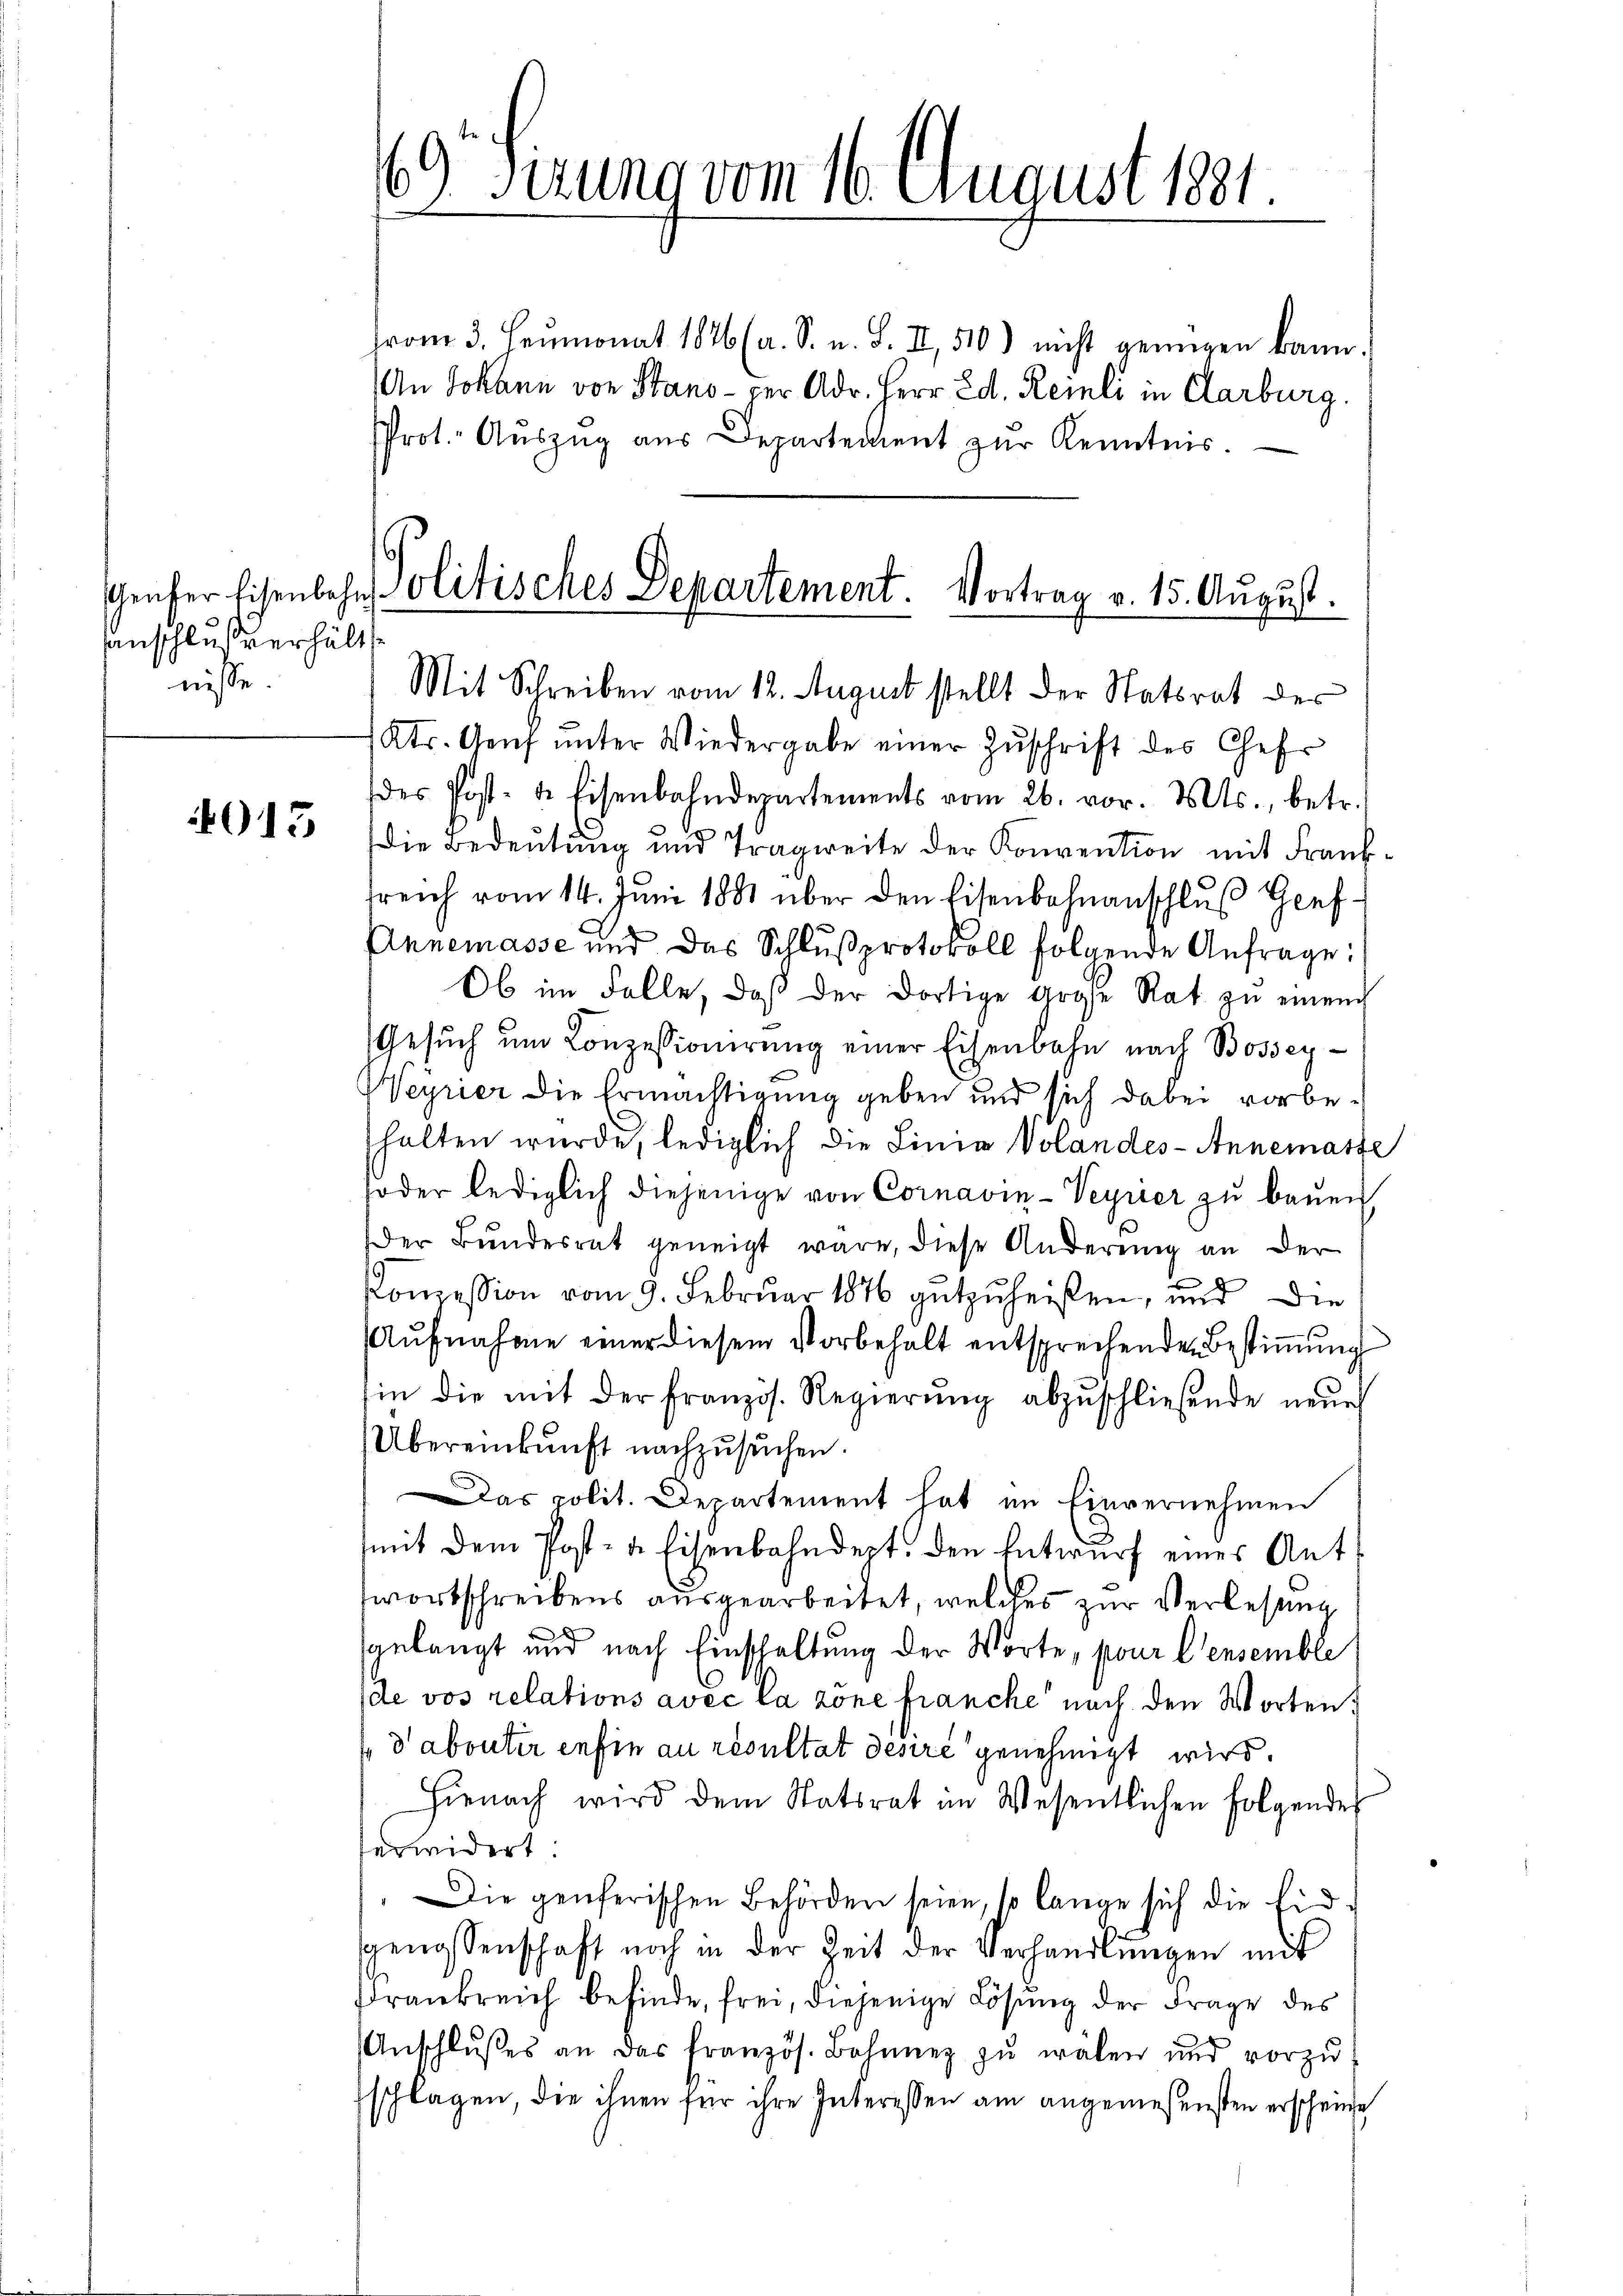
anschluße erhält,
nisse.

4015

69 Sirung vom 16. August 1891

vom 3. Heumonat 1846 (a. S. u. S. II, 510) nicht genügen kann.
An Johann von Stano per Adr. Herr Ed. Reinli in Clarburg.
Prot. Auszug aus Departement zur Kenntnis.
Ktr. Genf ŭnter Wiedergabe einer Zŭschrift des Chefr
(des Post- u. Eisenbahndepartements vom 26. vor. Mts., betr.
Die Bedeutung und Tragweite der Konvention mit Fraŭf
treich vom 14. Juni 1881 über den Eisenbahnanschlŭβ Gef
Annemasse und das Schlŭβprotokoll folgende Anfrage:
Ob im Falle, daß der dortige große Rat zu einem
Gesŭch ŭm Conzessionierŭng einer Eisenbahn nach Bosscy
Veyrier die Ermächtigung geben und sich dabei vorbehalten wurde, lediglich die Linia Volandes- Annemasse
soder lediglich diejenige von Cornavin-Veyrier zu bauen
Der Bŭndesrat geneigt wäre, diese Änderung an der
e
Conzession vom 9. Februar 1876 gutzuheißen, und die
Aufnahme einer diesem Vorbehalt entsprechenden Bestimmung
hin die mit der französ. Regierŭng abzŭschliesende neŭen
Übereinkunft nachzusuchen.
Das polit. Departement hat im Einvernehmen
mmit dem Post- u. Eisenbahndept, den Entwurf eines Ant
wortschreibens ausgearbeitet, welches zur Verlesung
gelangt und nach Einschaltung der Worte, pour l’ensemble
(de vos relations avec la zone franche nach den Worten
dabouter enfin au résultat desire genehmigt wird.
Hienach wird dem Statsrat im Wesentlichen Folgendes
ferwidert:
 Die genferischen Behörden seien, so lange sich die Eid-
genossenschaft noch in der Zeit der Verhandlungen mit
Frankreich befinde, frei, diejenige Lösung der Frage des
Anschlŭsses an das französ. Bohnner zŭ wälen und vorzŭ-
schlagen, die ihnen für ihre Interessen am angemessensten erscheine

Genfer Eisenbahnpolitisches Departement. Vortrag v. 15. August.
Mit Schreiben vom 12. August stellt der Statsrat der